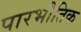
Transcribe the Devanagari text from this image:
पारभौतिक